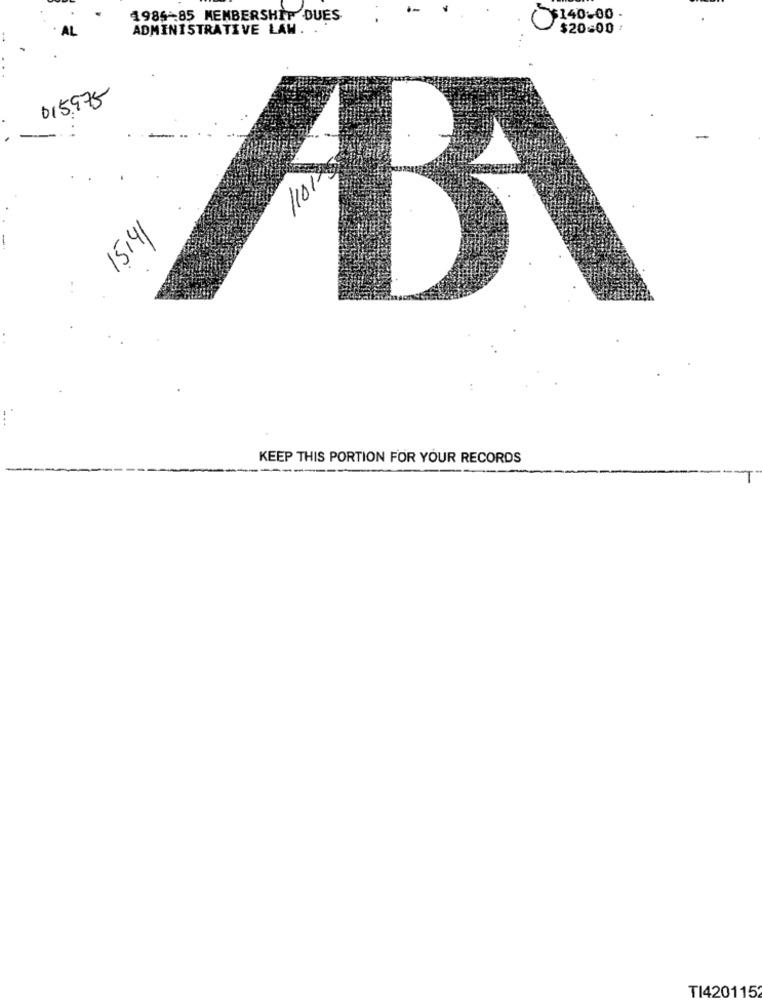
1984-85 MEMBERSHIP DUES
$140.00 .
ADMINISTRATIVE LAW.
$20=00:
AL
015975
. -
15:41
B
KEEP THIS PORTION FOR YOUR RECORDS
TI420115